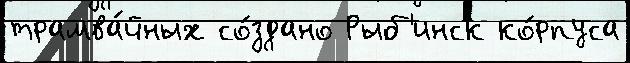
трамва́йных со́здано Рыб'инск ко́рпуса